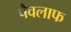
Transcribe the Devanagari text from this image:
पैवलाफ